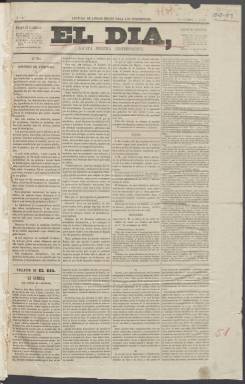
Título: El Día (Madrid. 1858)
Colección: Periódicos
Ámbito geográfico: Madrid
Lugar de publicación: Madrid
Fechas: 02/12/1858-07/03/1861